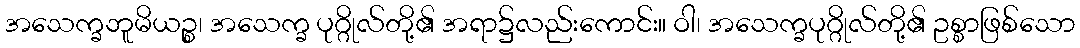
အသေက္ခဘူမိယဉ္စ၊ အသေက္ခ ပုဂ္ဂိုလ်တို့၏ အရာ၌လည်းကောင်း။ ဝါ၊ အသေက္ခပုဂ္ဂိုလ်တို့၏ ဥစ္စာဖြစ်သော